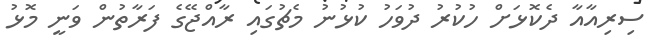
ސިރިއާއާ ދެކޮޅަށް ހުކުރު ދުވަހު ކުޅުނު މެޗުގައި ރާއްޖޭގެ ފަރާތުން ވަނީ މޮޅު